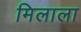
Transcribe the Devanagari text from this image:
मिलाला